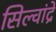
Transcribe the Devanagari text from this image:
सिल्वांद्रे